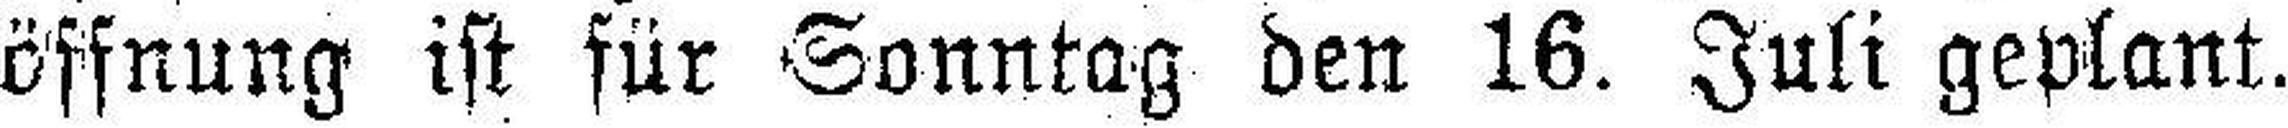
öffnung ist für Sonntag den 16. Juli geplant.